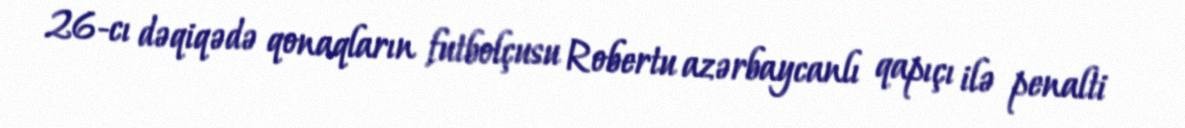
26-cı dəqiqədə qonaqların futbolçusu Robertu azərbaycanlı qapıçı ilə penalti